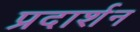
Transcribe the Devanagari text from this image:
प्रदार्शन